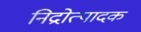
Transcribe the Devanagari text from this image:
निद्रोत्पादक